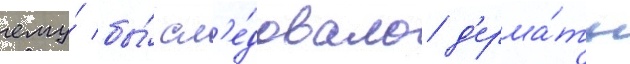
ему́ бы́ сл'е́довало д'ержа́ть